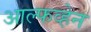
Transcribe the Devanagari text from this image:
आल्फव्हेन